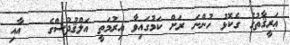
ޢަރީޤާތުގެ ގެކޮޅު ހުންނަ ރަށް ކަމުގައިވާ އިރުމަތީ އަލްޤުދުސްގެ   އާއި